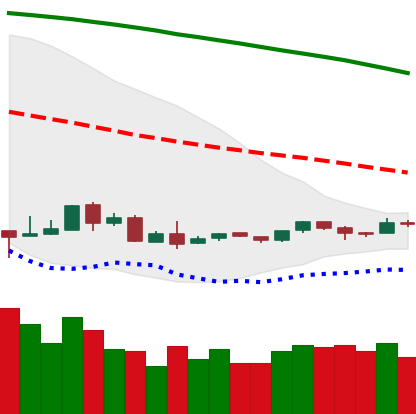
Ticker: ETH-USD
Chart end date: 2018-09-02
Forward return: -26.215%
Label: down_7plus